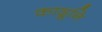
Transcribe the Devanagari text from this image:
काढूनि